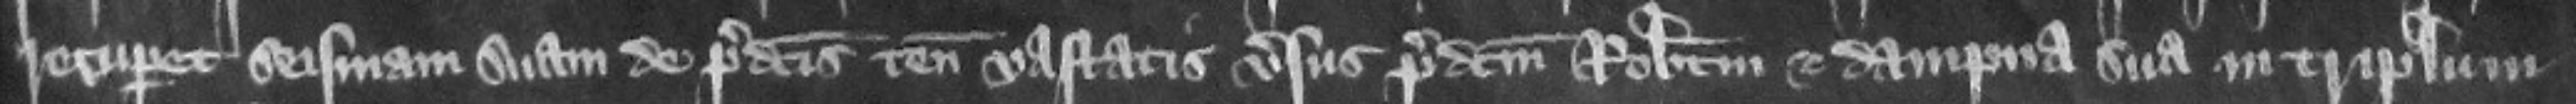
recuperet seisinam suam de predictis tenementis vastatis versus predictum Robertum et dampna sua in triplum.